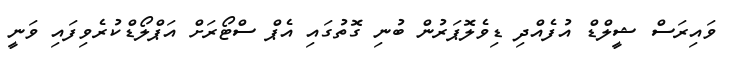
ވައިރަސް ޝީލްޑް އުފެއްދި ޑިވެލޮޕަރުން ބުނި ގޮތުގައި އެޕް ސްޓޯރަށް އަޕްލޯޑްކުރެވިފައި ވަނީ